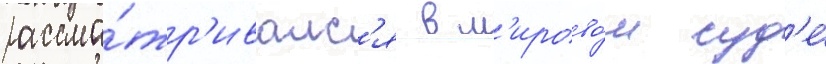
рассма́тр'ивалс'я в м'ирово́м суд'е́